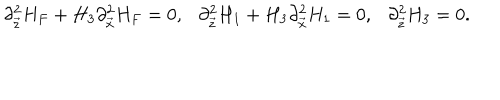
\partial _ { \vec { z } } ^ { 2 } H _ { F } + H _ { 3 } \partial _ { \vec { x } } ^ { 2 } H _ { F } = 0 , \ \ \ \partial _ { \vec { z } } ^ { 2 } H _ { 1 } + H _ { 3 } \partial _ { \vec { x } } ^ { 2 } H _ { 1 } = 0 , \ \ \ \partial _ { \vec { z } } ^ { 2 } H _ { 3 } = 0 .